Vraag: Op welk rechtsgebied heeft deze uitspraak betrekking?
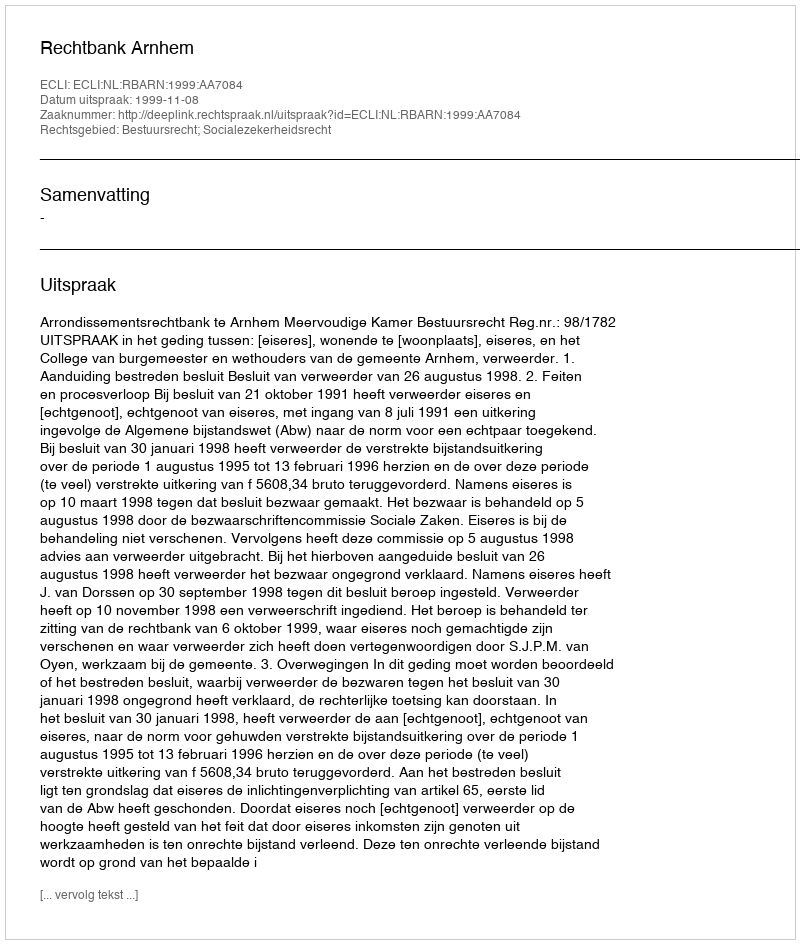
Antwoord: Bestuursrecht; Socialezekerheidsrecht